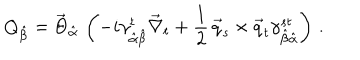
LaTeX: Q _ { \hat { \beta } } = \vec { \Theta } _ { \hat { \alpha } } \, \left( - i \gamma _ { \hat { \alpha } \hat { \beta } } ^ { t } \vec { \nabla } _ { t } + \frac { 1 } { 2 } \, \vec { q } _ { s } \times \vec { q } _ { t } \gamma _ { \hat { \beta } \hat { \alpha } } ^ { s t } \right) \, .